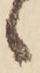
ゝ